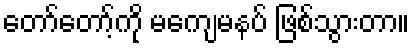
တော်တော့်ကို မကျေမနပ် ဖြစ်သွားတာ။